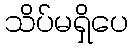
သိပ်မရှိပေ